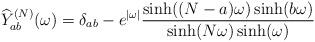
LaTeX: \begin{align*}\widehat{Y}^{(N)}_{ab}(\omega)= \delta_{ab}-e^{|\omega|}\frac{\sinh((N-a)\omega)\sinh(b\omega)}{\sinh(N\omega)\sinh(\omega)}\end{align*}